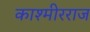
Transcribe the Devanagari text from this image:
काश्मीरराज